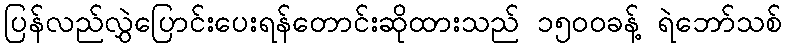
ပြန်လည်လွှဲပြောင်းပေးရန်တောင်းဆိုထားသည် ၁၅၀၀ခန့် ရဲဘော်သစ်